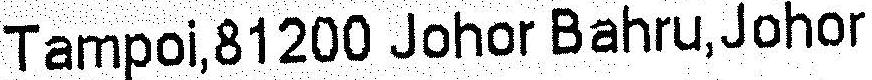
TAMPOI,81200 JOHOR BAHRU,JOHOR